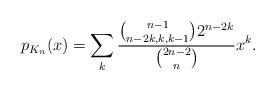
LaTeX: \begin{align*}p_{K_n}(x) = \sum_k\frac{{n-1\choose n-2k,k,k-1}2^{n-2k}}{{2n-2\choose n}}x^k.\end{align*}